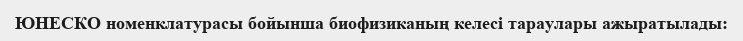
ЮНЕСКО номенклатурасы бойынша биофизиканың келесі тараулары ажыратылады: